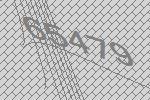
65479